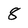
Character: 8